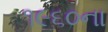
૧૯૬૦ના